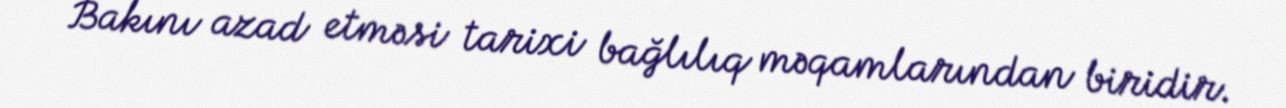
Bakını azad etməsi tarixi bağlılıq məqamlarından biridir.